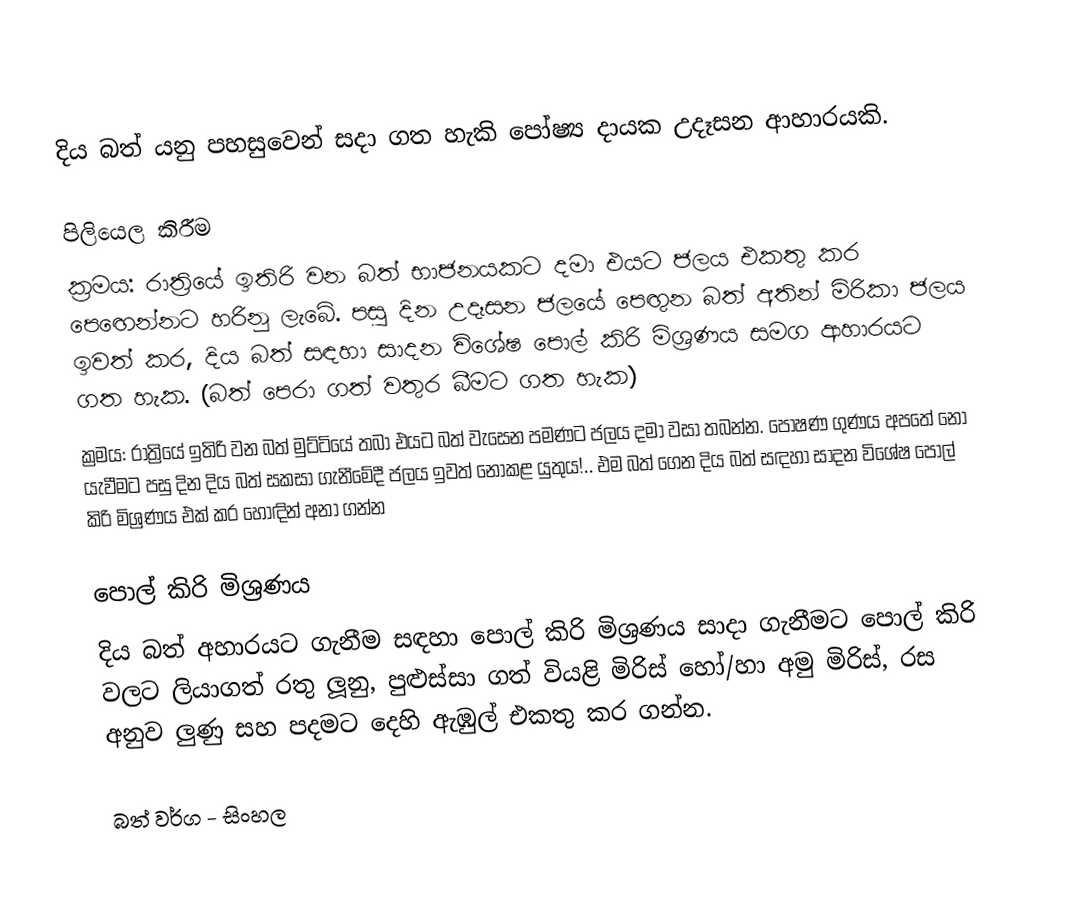
දිය බත් යනු පහසුවෙන් සදා ගත හැකි පෝෂ්‍ය දායක උදෑසන ආහාරයකි.

පිලියෙල කිරීම
 ක්‍රමය: රාත්‍රියේ ඉතිරි වන බත් භාජනයකට දමා එයට ජලය එකතු කර පෙ‍ඟෙන්නට හරිනු ලැබේ. පසු දින උදෑසන ජල‍යේ පෙඟුන බත් අතින් මිරිකා ජලය ඉවත් කර, දිය බත් සඳහා සාදන විශේෂ පොල් කිරි මිශ්‍රණය සමග ආහාරයට ගත හැක. (බත් පෙරා ගත් වතුර බීමට ගත හැක)
 ක්‍රමය: රාත්‍රියේ ඉතිරි වන බත් මුට්ටියේ තබා එයට බත් වැසෙන පමණට ජලය දමා වසා තබන්න. පෝෂණ ගුණය අපතේ නො යැවීමට පසු දින දිය බත් සකසා ගැනීමේදී ජලය ඉවත් නොකළ යුතුය!.. එම බත් ගෙන දිය බත් සඳහා සාදන විශේෂ පොල් කිරි මිශ්‍රණය එක් කර හොඳින් අනා ගන්න

පොල් කිරි මිශ්‍රණය
දිය බත් අහාරයට ගැනීම සඳහා පොල් කිරි මිශ්‍රණය සාදා ගැනීමට පොල් කිරි වලට ලියාගත් රතු ලූනු, පුළුස්සා ගත් වියළි මිරිස් හෝ/හා අමු මිරිස්, රස අනුව ලුණු සහ පදමට දෙහි ඇඹුල් එකතු කර ගන්න.

බත් වර්ග - සිංහල